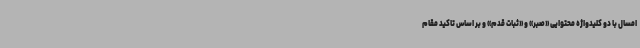
امسال با دو کلیدواژه محتوایی «صبر» و «ثبات قدم» و بر اساس تاکید مقام